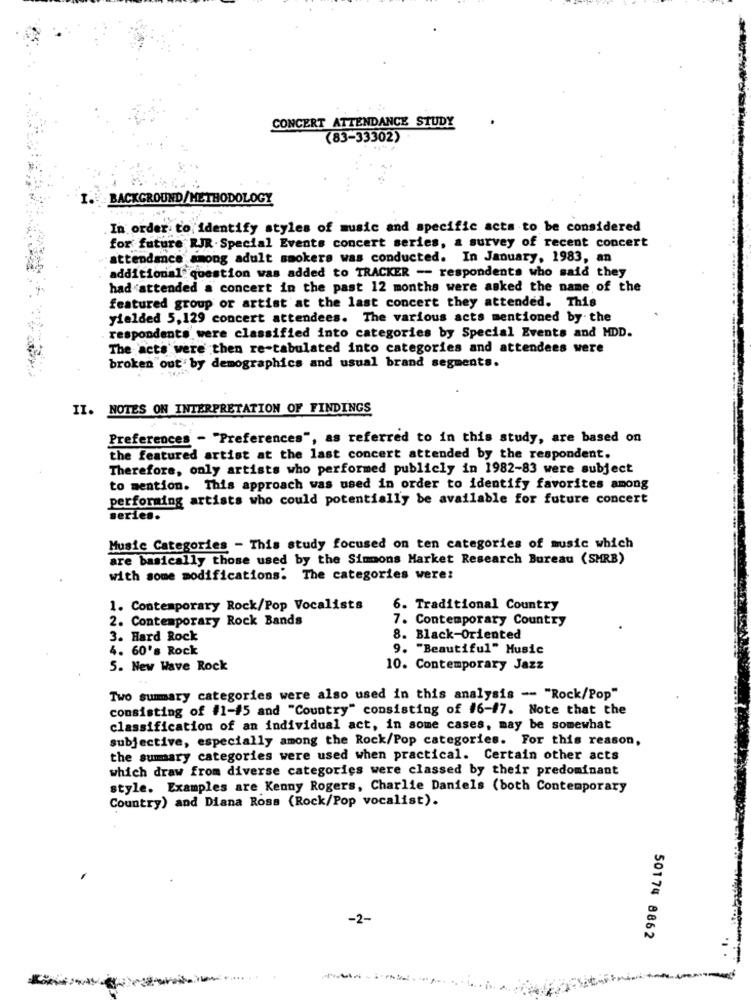
CONCERT ATTENDANCE STUDY
(83-33302)
BACKGROUND/METHODOLOGY
In order to identify styles of music and specific acts to be considered
for future RJR-Special Events concert series, a survey of recent concert
attendance among adult smokers was conducted. In January, 1983, an
additional question was added to TRACKER -- respondents who said they
had attended a concert in the past 12 months were asked the name of the
featured group or artist at the last concert they attended. This
yielded 5,129 concert attendees. The various acts mentioned by. the
respondents were classified into categories by Special Events and HDD.
The acts were then re-tabulated into categories and attendees were
broken out by demographics and usual brand segments.
II. NOTES ON INTERPRETATION OF FINDINGS
Preferences - "Preferences", as referred to in this study, are based on
the featured artist at the last concert attended by the respondent.
Therefore, only artists who performed publicly in 1982-83 were subject
to mention. This approach was used in order to identify favorites among
performing artists who could potentially be available for future concert
series.
Music Categories - This study focused on ten categories of music which
are basically those used by the Simmons Market Research Bureau (SMRB)
with some modifications. The categories were:
1. Contemporary Rock/Pop Vocalists
6. Traditional Country
2. Contemporary Rock Bands
7. Contemporary Country
3. Hard Rock
8. Black-Oriented
4. 60's Rock
9. "Beautiful" Music
5. New Wave Rock
10. Contemporary Jazz
Two summary categories were also used in this analysis -- "Rock/Pop"
consisting of #1-45 and "Country" consisting of #6-47. Note that the
classification of an individual act, in some cases, may be somewhat
subjective, especially among the Rock/Pop categories. For this reason,
the summary categories were used when practical. Certain other acts
which draw from diverse categories were classed by their predominant
style. Examples are Kenny Rogers, Charlie Daniels (both Contemporary
Country) and Diana Ross (Rock/Pop vocalist).
-2-
50174 8862